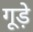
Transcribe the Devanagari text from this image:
गूड़े